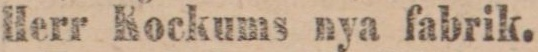
Herr Rockums nya fabrik.